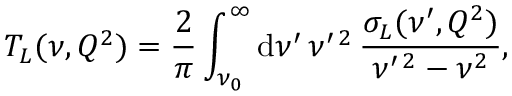
T _ { L } ( \nu , Q ^ { 2 } ) = \frac { 2 } { \pi } \int _ { \nu _ { 0 } } ^ { \infty } \mathrm { d } \nu ^ { \prime } \, \nu ^ { \prime \, 2 } \, \frac { \sigma _ { L } ( \nu ^ { \prime } , Q ^ { 2 } ) } { \nu ^ { \prime \, 2 } - \nu ^ { 2 } } ,